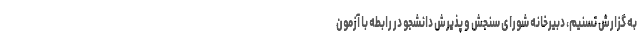
به گزارش تسنیم، دبیرخانه شورای سنجش و پذیرش دانشجو در رابطه با آزمون